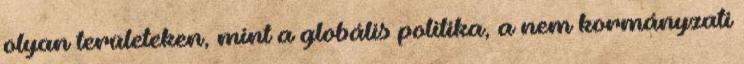
olyan területeken, mint a globális politika, a nem kormányzati